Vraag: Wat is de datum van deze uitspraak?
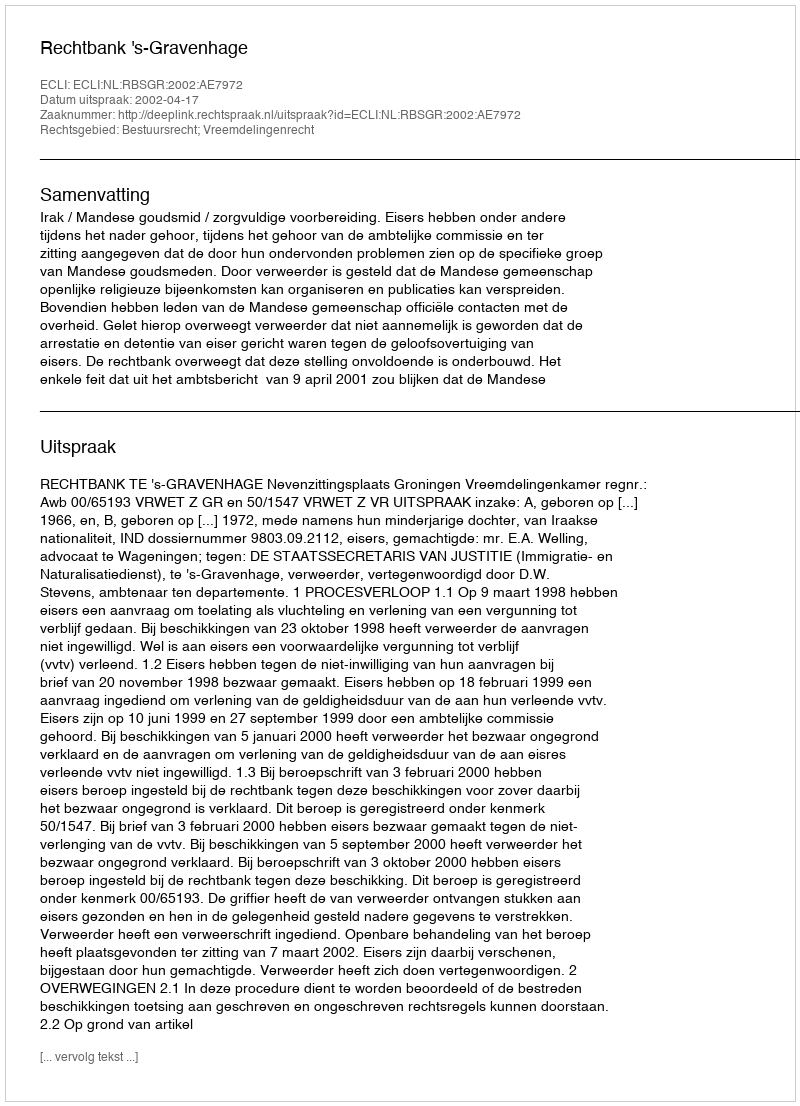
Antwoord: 2002-04-17